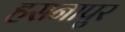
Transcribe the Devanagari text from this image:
हसनापुर